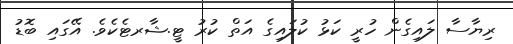
ރިޔާސާ ލައިގެން ހުރީ ކަޅު ކުލައިގެ އަތް ކުރު ޓީ.ޝާރޓެކެވެ. އޭގައި ބޮޑު